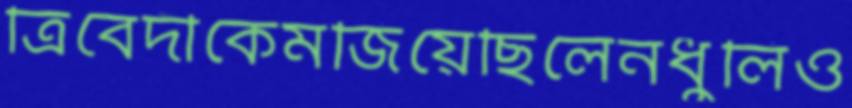
ত্রিবেদীকেমজিয়েছিলেনধুলিও